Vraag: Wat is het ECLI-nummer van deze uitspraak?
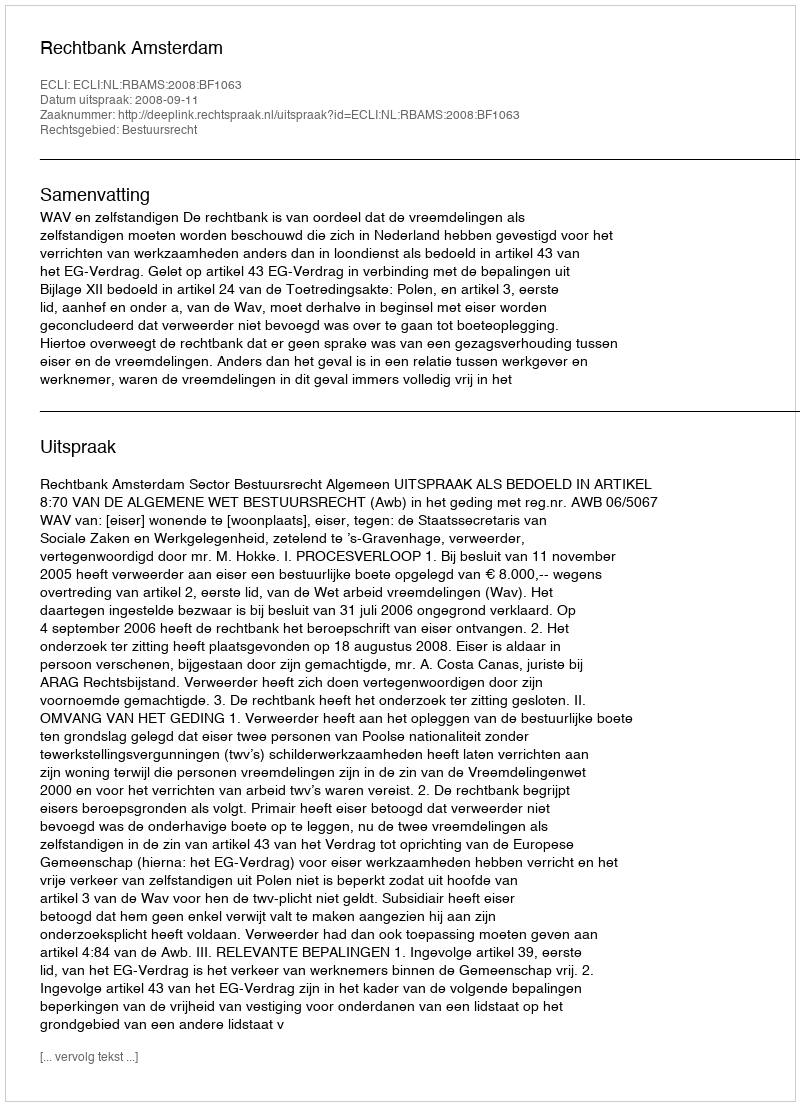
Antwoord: ECLI:NL:RBAMS:2008:BF1063